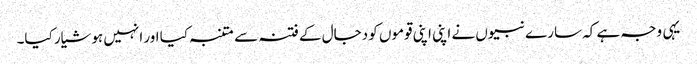
یہی وجہ ہے کہ سارے نبیوں نے اپنی اپنی قوموں کو دجال کے فتنہ سے متنبہ کیا اور انہیں ہوشیار کیا۔